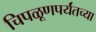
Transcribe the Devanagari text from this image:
चिपळूणपर्यंतच्या